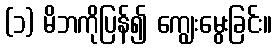
(၁) မိဘကိုပြန်၍ ကျွေးမွေးခြင်း။